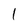
Character: 1